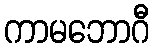
ကာမဘောဂီ